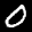
Label: 0